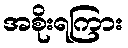
အစိုးရကြား